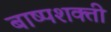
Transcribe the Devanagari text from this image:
बाष्पशक्ती